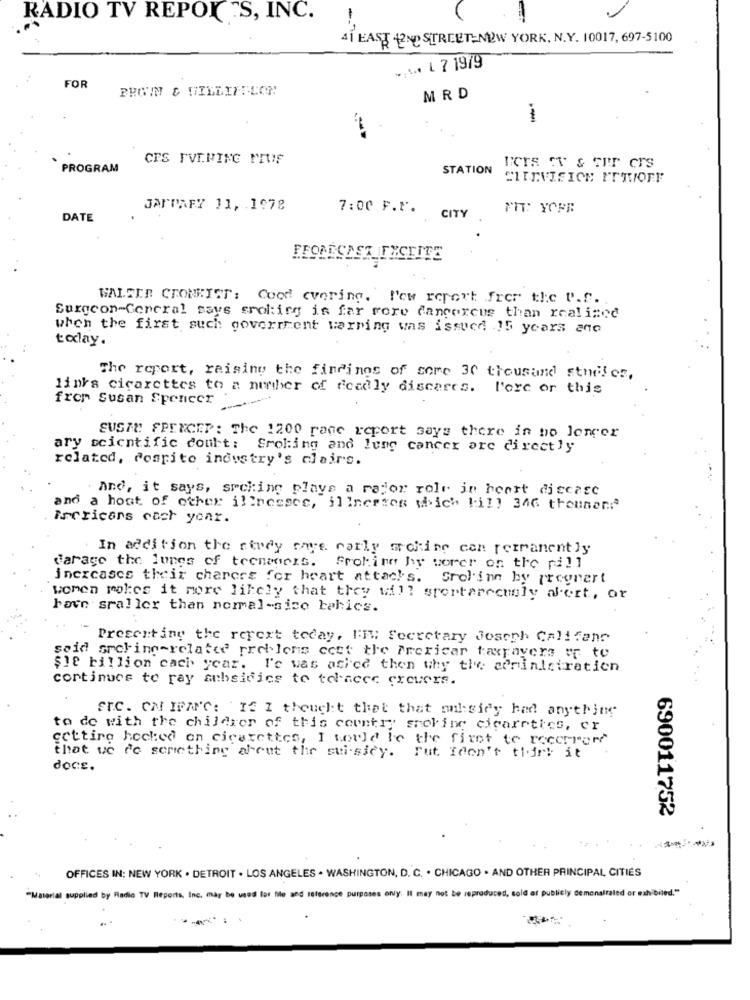
RADIO TV REPORTS, INC.
41 EAST 12ND STREET-NEW YORK, N.Y. 10017, 697-5100
L 7 1979
FOR
PROWN & TILLIFTLON
MRD
CES EVENING PEUF
PROGRAM
STATION
JANPAFY 11, 1978
FIT: YOFR
DATE
7:00 F.P. CITY
WALTER CRONKIST: Cood cvering. New report frer tlc P.f.
Surgeon-General says srokirg is far rore cancercus than realized
when the first such goverment warning was issuce .15 years ano
tolay.
The report, raising the findings of some 30 thousand studies,
links cigarettes to a number of deadly discares. l'ore or this
fron Susan Spencer
SUSTE FPEXCEP: The 1200 rane report says there in no longer
ary scientific court: Sroling and lung cancer are directly
related, conrite industry's clairs.
And, it says, arching playe a major role in heart disease
and a host of other illnesses, illnesses which bill 346 thousand
Escricars each year.
In addition the cwrey cave carly mr chine can permanently
darage the lungs of teenagers. Proking by worer on the pill
incxcases their charers for heart attacks. Srolinn by progrert
women makes it more likely that they will sportarecurly abert, or
have sraller than normal-sice tahics.
Presenting the rerext today, FIM Secretary Joseph Califano
seid speling-related problems cest the Preficar taxpayers vr to
$18 billion cach year. l'e was asice then why the administration
continues to ray subsidies to tolacee erevere.
FTC. ON IFANC: IS I thought that that mail:sidy had anything
to do with the chilerer of this country sholing cigaretics, or
getting hecked on cigarettes, I would be the first to recorrer
that we do something about the suisicy. Fut Idon't think it
docs.
690011752
OFFICES IN: NEW YORK . DETROIT . LOS ANGELES . WASHINGTON, D. C. . CHICAGO . AND OTHER PRINCIPAL, CITIES
"Material supplied by Radio TV Reports, Inc. may be used for file and reference purposes only. It may not be reproduced, sold of publicly demonstrated or